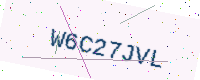
Text: W6C27JVL